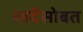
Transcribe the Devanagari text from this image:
व्हर्देसोबत